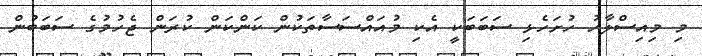
މި މިއިސްލާހު ހުށަހެޅި ސަބަބަކީ އެކި މުއައްސަސާތަކުން ކަންކަން ކުރަން ޖެހުމުގެ ސަބަބުން